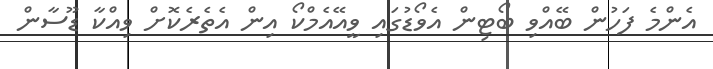
އެންމެ ފަހުން ބޭއްވި ބޯޓިން އެވޯޑުގައި ވީއޭއެމްކޯ އިން އެތެރެކޮށް ވިއްކާ ޑޫސާން